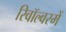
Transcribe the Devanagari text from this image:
रिवॉल्वरमें